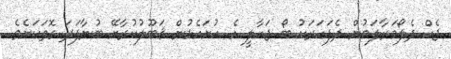
ޖެކް ދެލޯމަރާލަމުން ދެފަހަރަކު ބޯ ޖަހާލީ އެ ހުށައެޅުން ޤަބޫލުކުރާށޭ ބުނާފަދަ ގޮތަކަށެވެ.